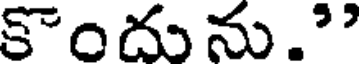
కొందును."